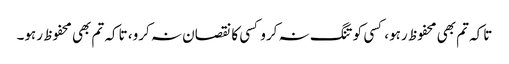
تاکہ تم بھی محفوظ رہو، کسی کو تنگ نہ کرو کسی کا نقصان نہ کرو، تاکہ تم بھی محفوظ رہو۔